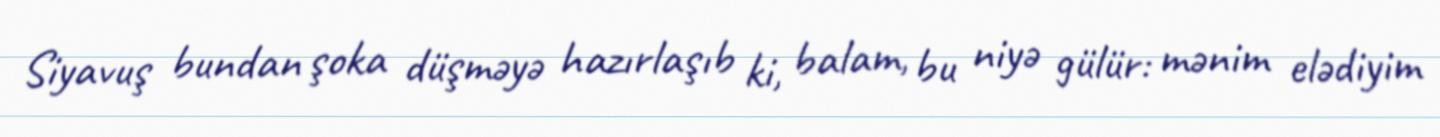
Siyavuş bundan şoka düşməyə hazırlaşıb ki, balam, bu niyə gülür: mənim elədiyim